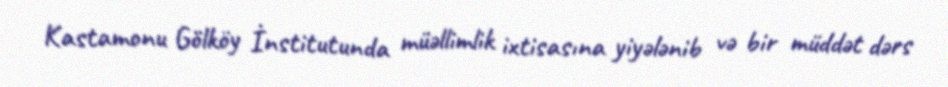
Kastamonu Gölköy İnstitutunda müəllimlik ixtisasına yiyələnib və bir müddət dərs